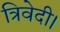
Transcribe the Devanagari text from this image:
त्रिवेदी।